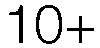
10+